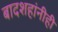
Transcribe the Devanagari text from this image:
बादशहांनीही